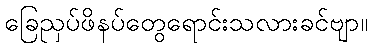
ခြေညှပ်ဖိနပ်တွေရောင်းသလားခင်ဗျာ။